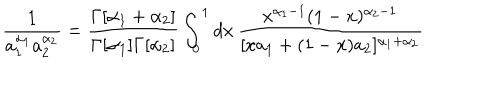
\frac { 1 } { a _ { 1 } ^ { \alpha _ { 1 } } a _ { 2 } ^ { \alpha _ { 2 } } } = \frac { \Gamma [ \alpha _ { 1 } + \alpha _ { 2 } ] } { \Gamma [ \alpha _ { 1 } ] \Gamma [ \alpha _ { 2 } ] } \int _ { 0 } ^ { 1 } d x \, \frac { x ^ { \alpha _ { 1 } - 1 } ( 1 - x ) ^ { \alpha _ { 2 } - 1 } } { [ x a _ { 1 } + ( 1 - x ) a _ { 2 } ] ^ { \alpha _ { 1 } + \alpha _ { 2 } } }